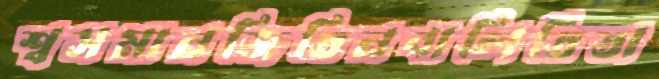
শ্বসমানজিতিনবালিতিতা